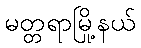
မတ္တရာမြို့နယ်